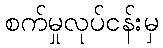
စက်မှုလုပ်ငန်းမှ